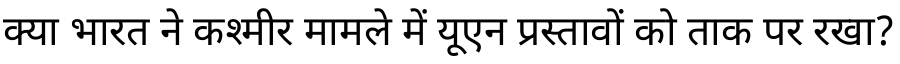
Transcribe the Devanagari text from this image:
क्या भारत ने कश्मीर मामले में यूएन प्रस्तावों को ताक पर रखा?